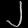
Digit: ၂